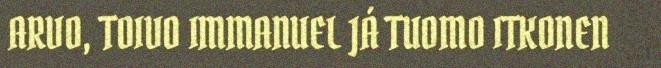
ARVO, TOIVO IMMANUEL JÁ TUOMO ITKONEN